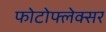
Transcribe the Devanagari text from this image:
फोटोफ्लेक्सर